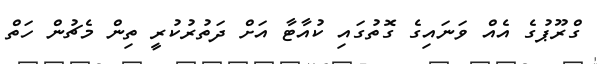
ގްރޫޕުގެ އެއް ވަނައިގެ ގޮތުގައި ކުއާޓާ އަށް ދަތުރުކުރީ ތިން މެޗުން ހަތް